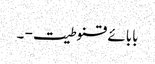
بابائے قنوطیت - ۔